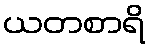
ယတစာရိ